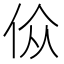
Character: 𬾀